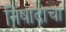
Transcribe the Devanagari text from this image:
निषादाचा